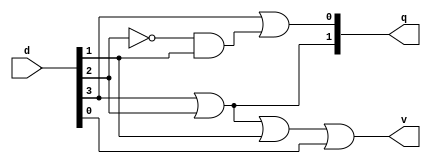
`timescale 1ns / 1ps
//////////////////////////////////////////////////////////////////////////////////
// Company: 
// Engineer: 
// 
// Design Name: 
// Module Name:    az5 
// Project Name: 
// Target Devices: 
// Tool versions: 
// Description: 
//
// Dependencies: 
//
// Revision: 
// Revision 0.01 - File Created
// Additional Comments: 
//
//////////////////////////////////////////////////////////////////////////////////
module az5(d,q,v);
	input [3:0]d;
	output [1:0]q;
	output v;
	wire nd2;
	wire nd2ad1;
	not n1(nd2,d[2]);
	and a1(nd2ad1,nd2,d[1]);
	or o1(q[0],d[3],nd2ad1);
	or o2(q[1],d[3],d[2]);
	or o3 (v,d[3],d[2],d[1],d[0]);

endmodule